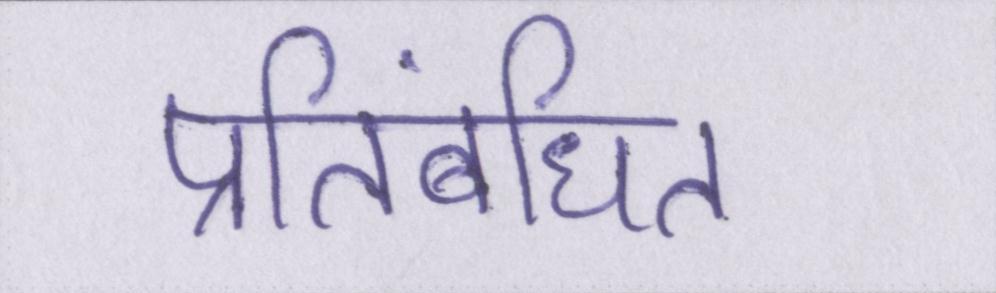
प्रतिबंधित